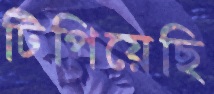
টিপিয়েছি